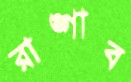
রাঙ্গাব